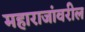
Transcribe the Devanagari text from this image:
महाराजांवरील